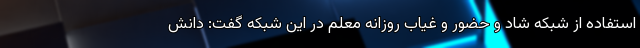
استفاده از شبکه شاد و حضور و غیاب روزانه معلم در این شبکه گفت: دانش